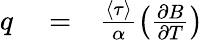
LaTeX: \begin{array}{rlr}{q}&{{}=}&{\frac{\langle\tau\rangle}{\alpha}\left(\frac{\partial B}{\partial T}\right)}\end{array}